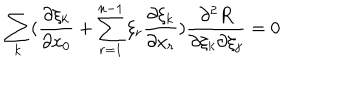
LaTeX: \sum _ { k } ( \frac { \partial \xi _ { k } } { \partial x _ { 0 } } + \sum _ { r = 1 } ^ { n - 1 } \xi _ { r } \frac { \partial \xi _ { k } } { \partial x _ { r } } ) \frac { \partial ^ { 2 } R } { \partial \xi _ { k } \partial \xi _ { j } } = 0